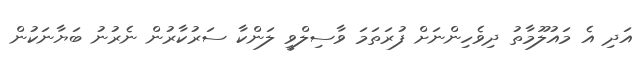
އަދި އެ މައުލޫމާތު ދިވެހިންނަށް ފުރަތަމަ ވާސިލްވީ ލަންކާ ސަރުކާރުން ނެރުނު ބަޔާނަކުން